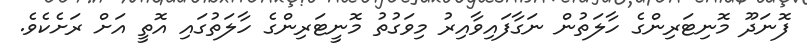
ފޮނަދޫ މޮނިޓަރިންގެ ހާލަތުން ނަގާފައިވާއިރު މިވަގުތު މޮނީޓަރިންގެ ހާލަތުގައި އޮތީ އަށް ރަށެކެވެ.